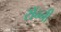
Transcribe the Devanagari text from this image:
राॅन्नी